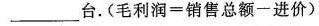
___台.($$毛 利 润 = 销 售 总 额 一 进 价$$)